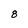
Character: 8